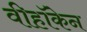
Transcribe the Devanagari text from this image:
वीहॉकेन